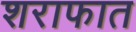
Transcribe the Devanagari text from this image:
शराफात